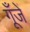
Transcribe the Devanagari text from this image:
गूँजें